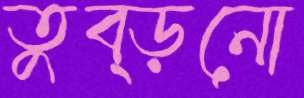
তুব্‌ড়নো